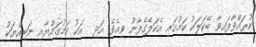
ކުރައްވާފައިވާ ބޭކަލަކު ކަމުގައި އެކަލޭގެފާނު ވިއެވެ. އަދި  އަކު ކަމުގައްޔާއި ނަބިއްޔަކު